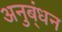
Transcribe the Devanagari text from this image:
अनुब्ंधन